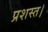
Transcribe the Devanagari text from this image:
प्रशस्त।